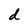
Character: d